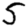
Digit: 5